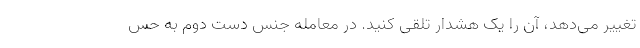
تغییر می‌دهد، آن را یک هشدار تلقی کنید. در معامله جنس دست دوم به حس